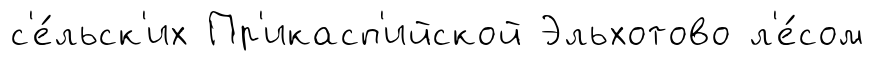
с'е́льск'их Пр'икасп'ийской Эльхотово л'е́сом